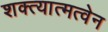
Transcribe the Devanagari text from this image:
शक्त्यात्मत्वेन